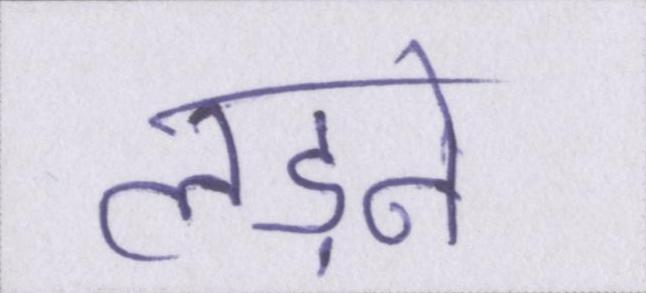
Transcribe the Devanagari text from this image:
लड़ने